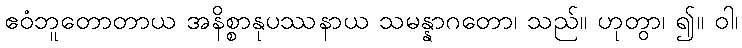
ဧဝံဘူတောတာယ အနိစ္စာနုပဿနာယ သမန္နာဂတော၊ သည်။ ဟုတွာ၊ ၍။ ဝါ၊